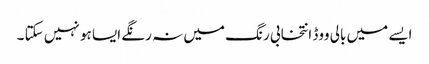
ایسے میں بالی ووڈ انتخابی رنگ میں نہ رنگے ایسا ہو نہیں سکتا ۔